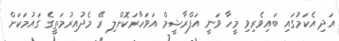
އަދި އެކަމުގައި ބައިވެރިވި މީހާ ވަނީ އަފްރާޝީމް އަވަހާރަކޮށްލި ރޭ މެދުއިރުމަތީގެ ގައުމަކަށް